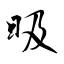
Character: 昅